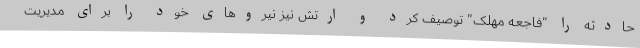
حادثه را "فاجعه مهلک" توصیف کرد و ارتش نیز نیروهای خود را برای مدیریت